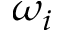
\omega _ { i }